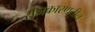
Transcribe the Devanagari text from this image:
राजकारणतील